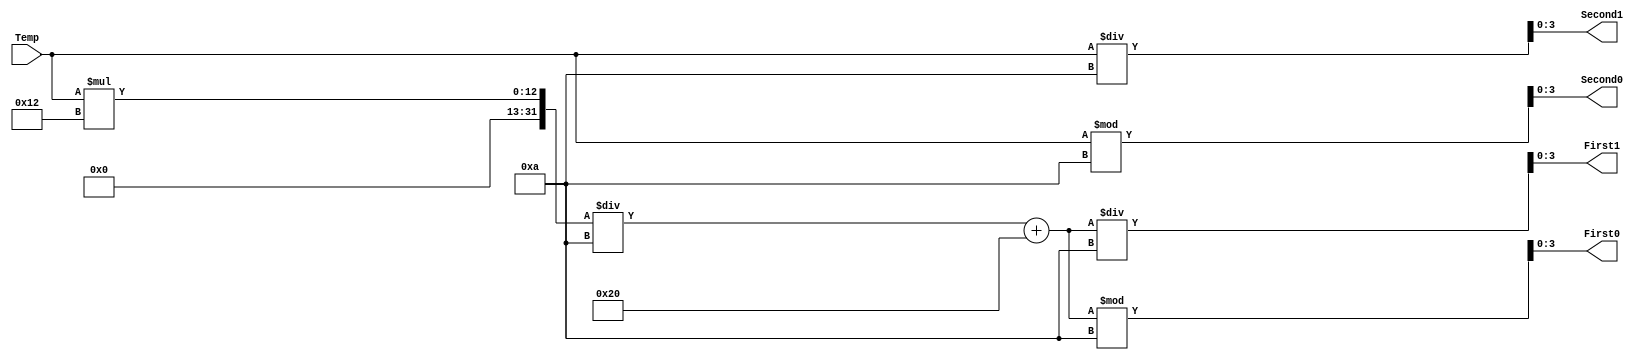
`timescale 1ns / 1ps
//////////////////////////////////////////////////////////////////////////////////
// Company:  		Rose-Hulman Institute of Technology
// Design Name:	I2C temperature converter
// Module Name:   OneTemperatureConverter 
// Summary:			Converts I2C temperature to Celsius and Fahrenheit.
//////////////////////////////////////////////////////////////////////////////////
module OneTemperatureConverter(Temp,First1,First0,Second1,Second0);
	input [7:0] Temp;
	output [3:0] First1, First0, Second1, Second0;
	
	assign First1 = (Temp*18/10+32)/10;
	assign First0 = (Temp*18/10+32)%10;
	
	assign Second1 = Temp/10;
	assign Second0 = Temp%10;
endmodule